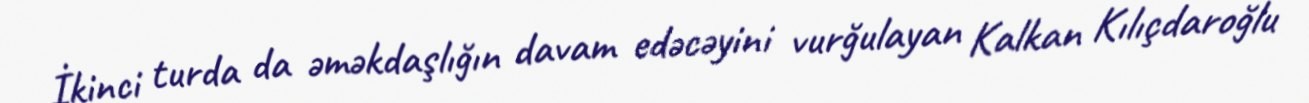
İkinci turda da əməkdaşlığın davam edəcəyini vurğulayan Kalkan Kılıçdaroğlu